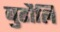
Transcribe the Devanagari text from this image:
बुढौलि